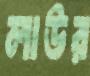
লাউর